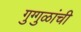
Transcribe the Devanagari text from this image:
गुग्गुळांची